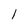
Character: l